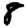
Digit: 8